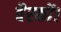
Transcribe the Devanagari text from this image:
बैरकों।